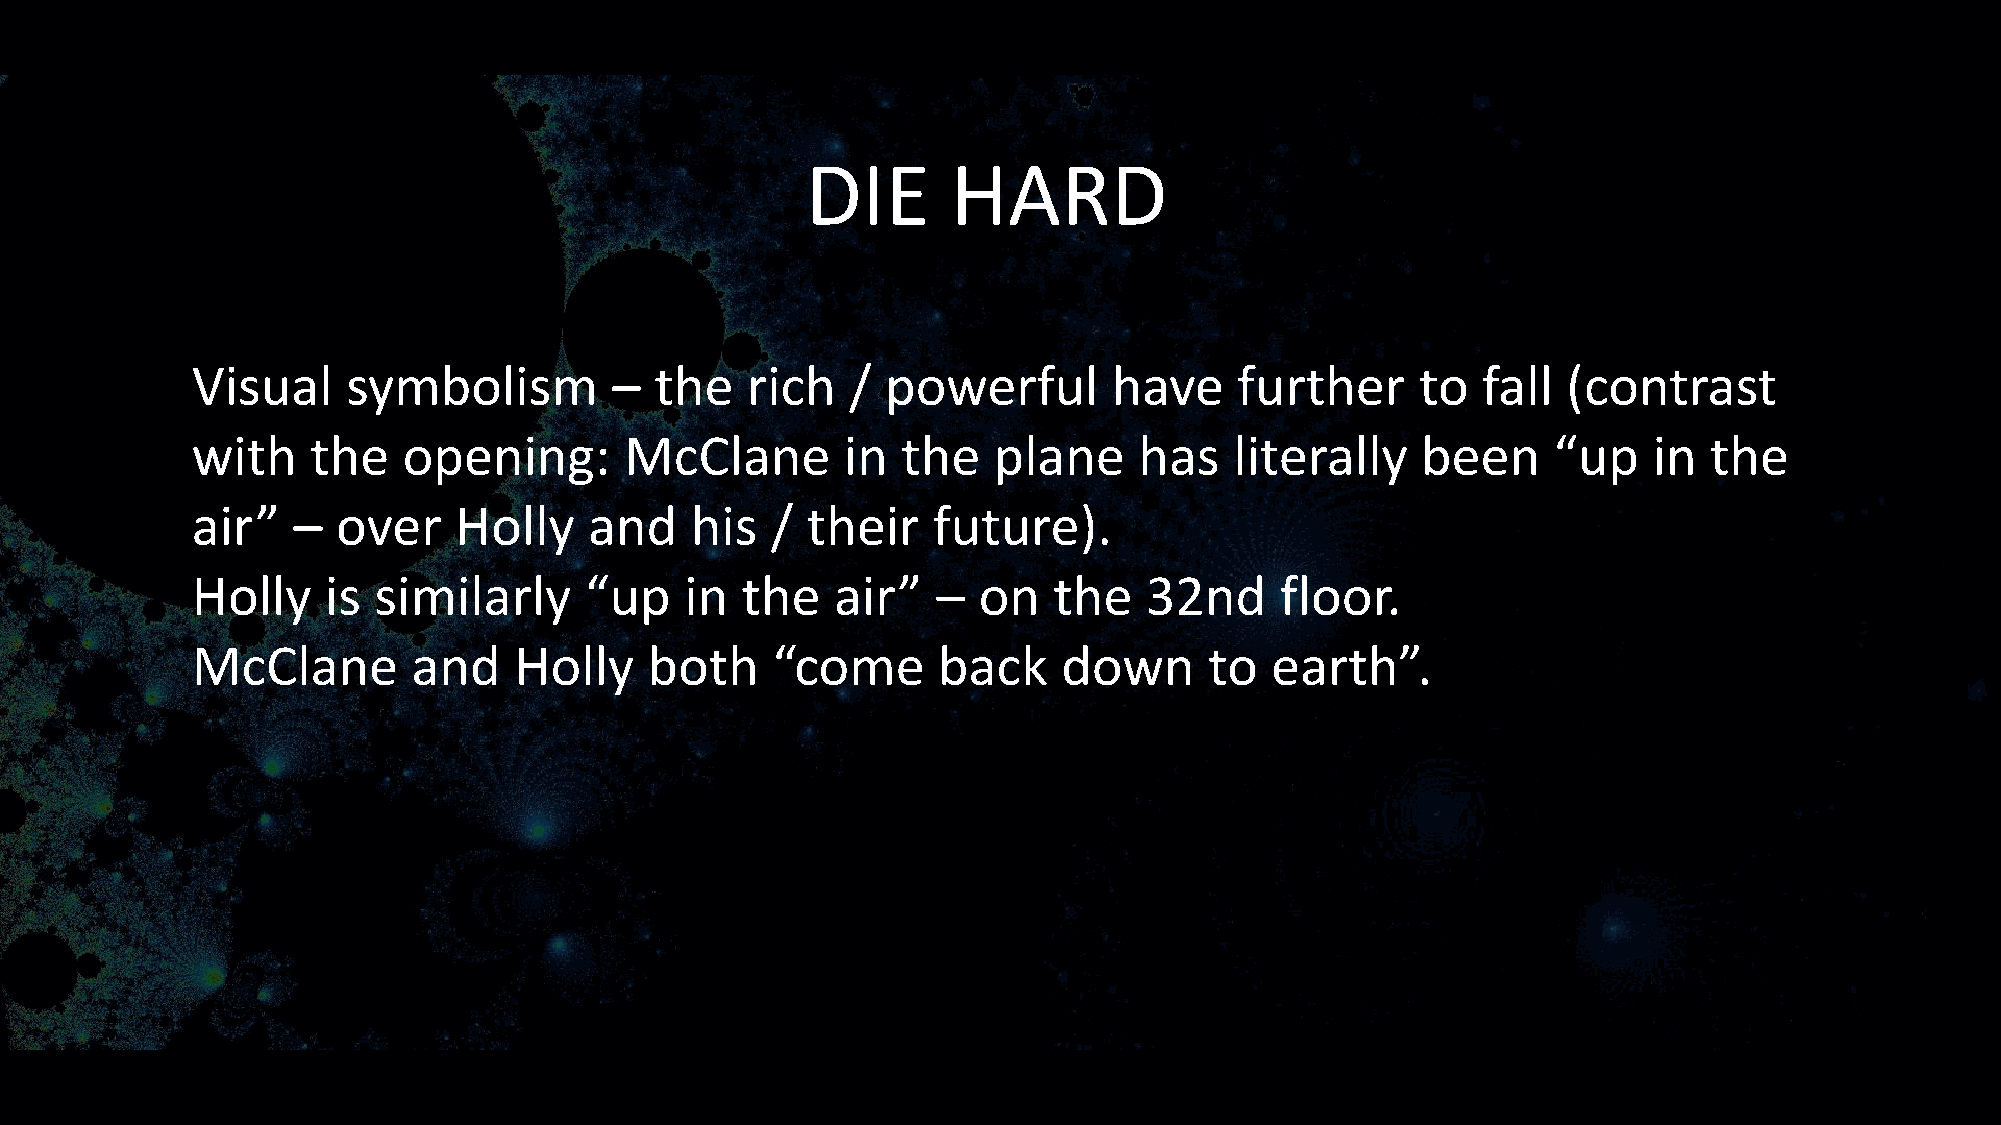
DIE       HARD
 Visual    symbolism        –  the   rich   /  powerful       have    further     to  fall  (contrast
 with    the   opening:      McClane        in  the   plane    has    literally   been     “up   in  the
 air”  –  over    Holly    and    his  / their    future).
 Holly    is similarly     “up   in  the   air”   –  on   the   32nd     floor.
 McClane       and    Holly    both    “come      back    down      to  earth”.